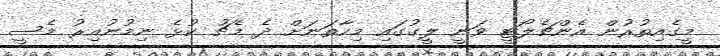
މީގެއިތުރުން އެންޗެލޯޓީ ވަނީ ލީގުގައި މިހާތަނަށް ދެ މެޗު ކުޅެ ނިމުނުއިރު މެސީ